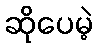
ဆိုပေမဲ့